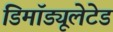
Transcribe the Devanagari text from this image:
डिमॉड्यूलेटेड